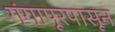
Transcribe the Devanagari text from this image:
गंगापूरपासून